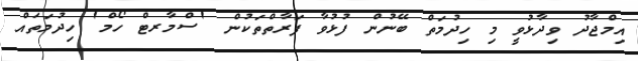
އިމްޖާދު ވިދާޅުވީ މި ހިދުމަތް ބޭނުން ފުޅުވާ ފަރާތްތަކުން 'ސްމާރޓް ހޯމް' ހިދުމަތައް